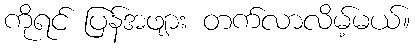
ကိုရင် ပြန်အဖျား တက်လာလိမ့်မယ်။